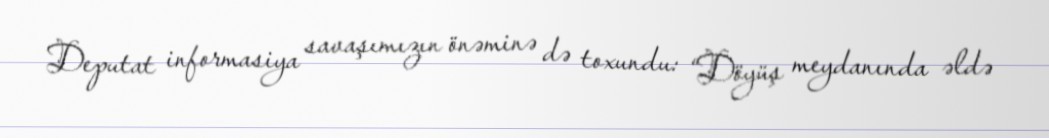
Deputat informasiya savaşımızın önəminə də toxundu: “Döyüş meydanında əldə